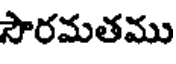
సౌరమతము